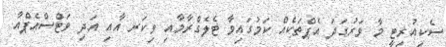
ސެކިއުރިޓީ މާ ވަރުގަދަ އެޕްތަކެއް ކަމުގައިވާ ޓެލެގްރާމާއި ވިކަރ އާއި އަދި ވަޓްސްއެޕްއާ